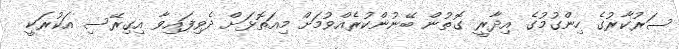
ސަރުކާރުގެ ހިންގުމުގެ އިދާރީ ގޮތުން ބޭނުންކުރެއްވުމަށް މިއަތޮޅަށް ދެވިފައިވާ އިގިރޭސި އަކުރަކީ